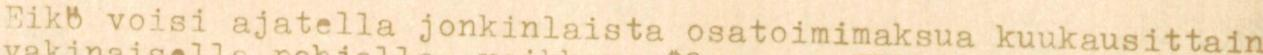
Eikö voisi ajatella jonkinlaista osatoimimaksua kuukausittain